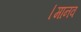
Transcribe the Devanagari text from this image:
।मानव